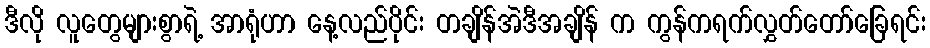
ဒီလို လူတွေများစွာရဲ့ အာရုံဟာ နေ့လည်ပိုင်း တချိန်အဲဒီအချိန် က ကွန်ကရက်လွှတ်တော်ခြေရင်း